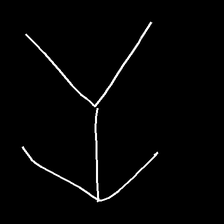
Glyph: gather